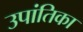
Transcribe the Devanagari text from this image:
उपांतिका